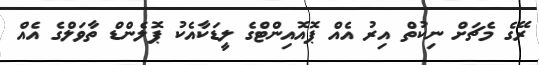
ރޭގެ މެޗަށް ނިކުތް އިރު އެއް ޕޮއޮއިންޓްގެ ލީޑަކާއެކު ޕޮލެންޑް ތާވަލްގެ އެއް